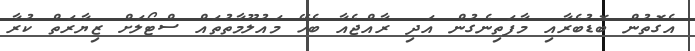
އެގޮތުން ބޮޑުބެރާއި މާފަތިނެގުން އަދި ރާއްޖެއާ ބެހޭ މައުލޫމާތުތައް ސްޓޯލަށް ޒިޔާރަތް ކުރާ